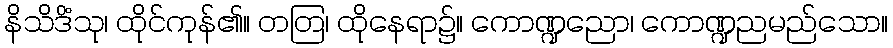
နိသိဒိံသု၊ ထိုင်ကုန်၏။ တတြ၊ ထိုနေရာ၌။ ကောဏ္ဍညော၊ ကောဏ္ဍညမည်သော။